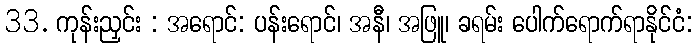
33. ကုန်းညှင်း : အရောင်: ပန်းရောင်၊ အနီ၊ အဖြူ၊ ခရမ်း ပေါက်ရောက်ရာနိုင်ငံ: